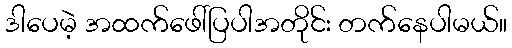
ဒါပေမဲ့ အထက်ဖေါ်ပြပါအတိုင်း တက်နေပါမယ်။